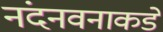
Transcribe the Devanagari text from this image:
नंदनवनाकडे